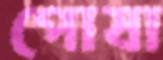
পোষা